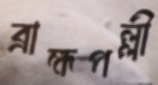
ব্রাহ্মপল্লী